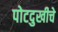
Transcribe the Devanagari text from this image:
पोटदुखीचे